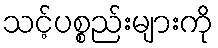
သင့်ပစ္စည်းများကို